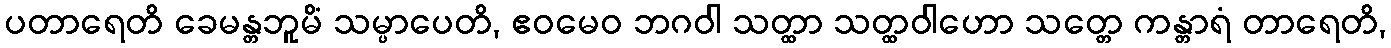
ပတာရေတိ ခေမန္တဘူမိံ သမ္ပာပေတိ, ဧဝမေဝ ဘဂဝါ သတ္ထာ သတ္ထဝါဟော သတ္တေ ကန္တာရံ တာရေတိ,